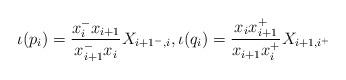
LaTeX: \begin{align*} \iota(p_i) = \frac{x_{i}^- x_{i+1} }{x_{i+1}^- x_i}X_{i+1^-,i}, \iota(q_i) = \frac{x_i x_{i+1}^+ }{x_{i+1} x_i^+}X_{i+1,i^+}\end{align*}